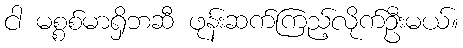
ငါ မစ္စစ်မာရှိဘဆီ ဖုန်းဆက်ကြည့်လိုက်ဦးမယ်။